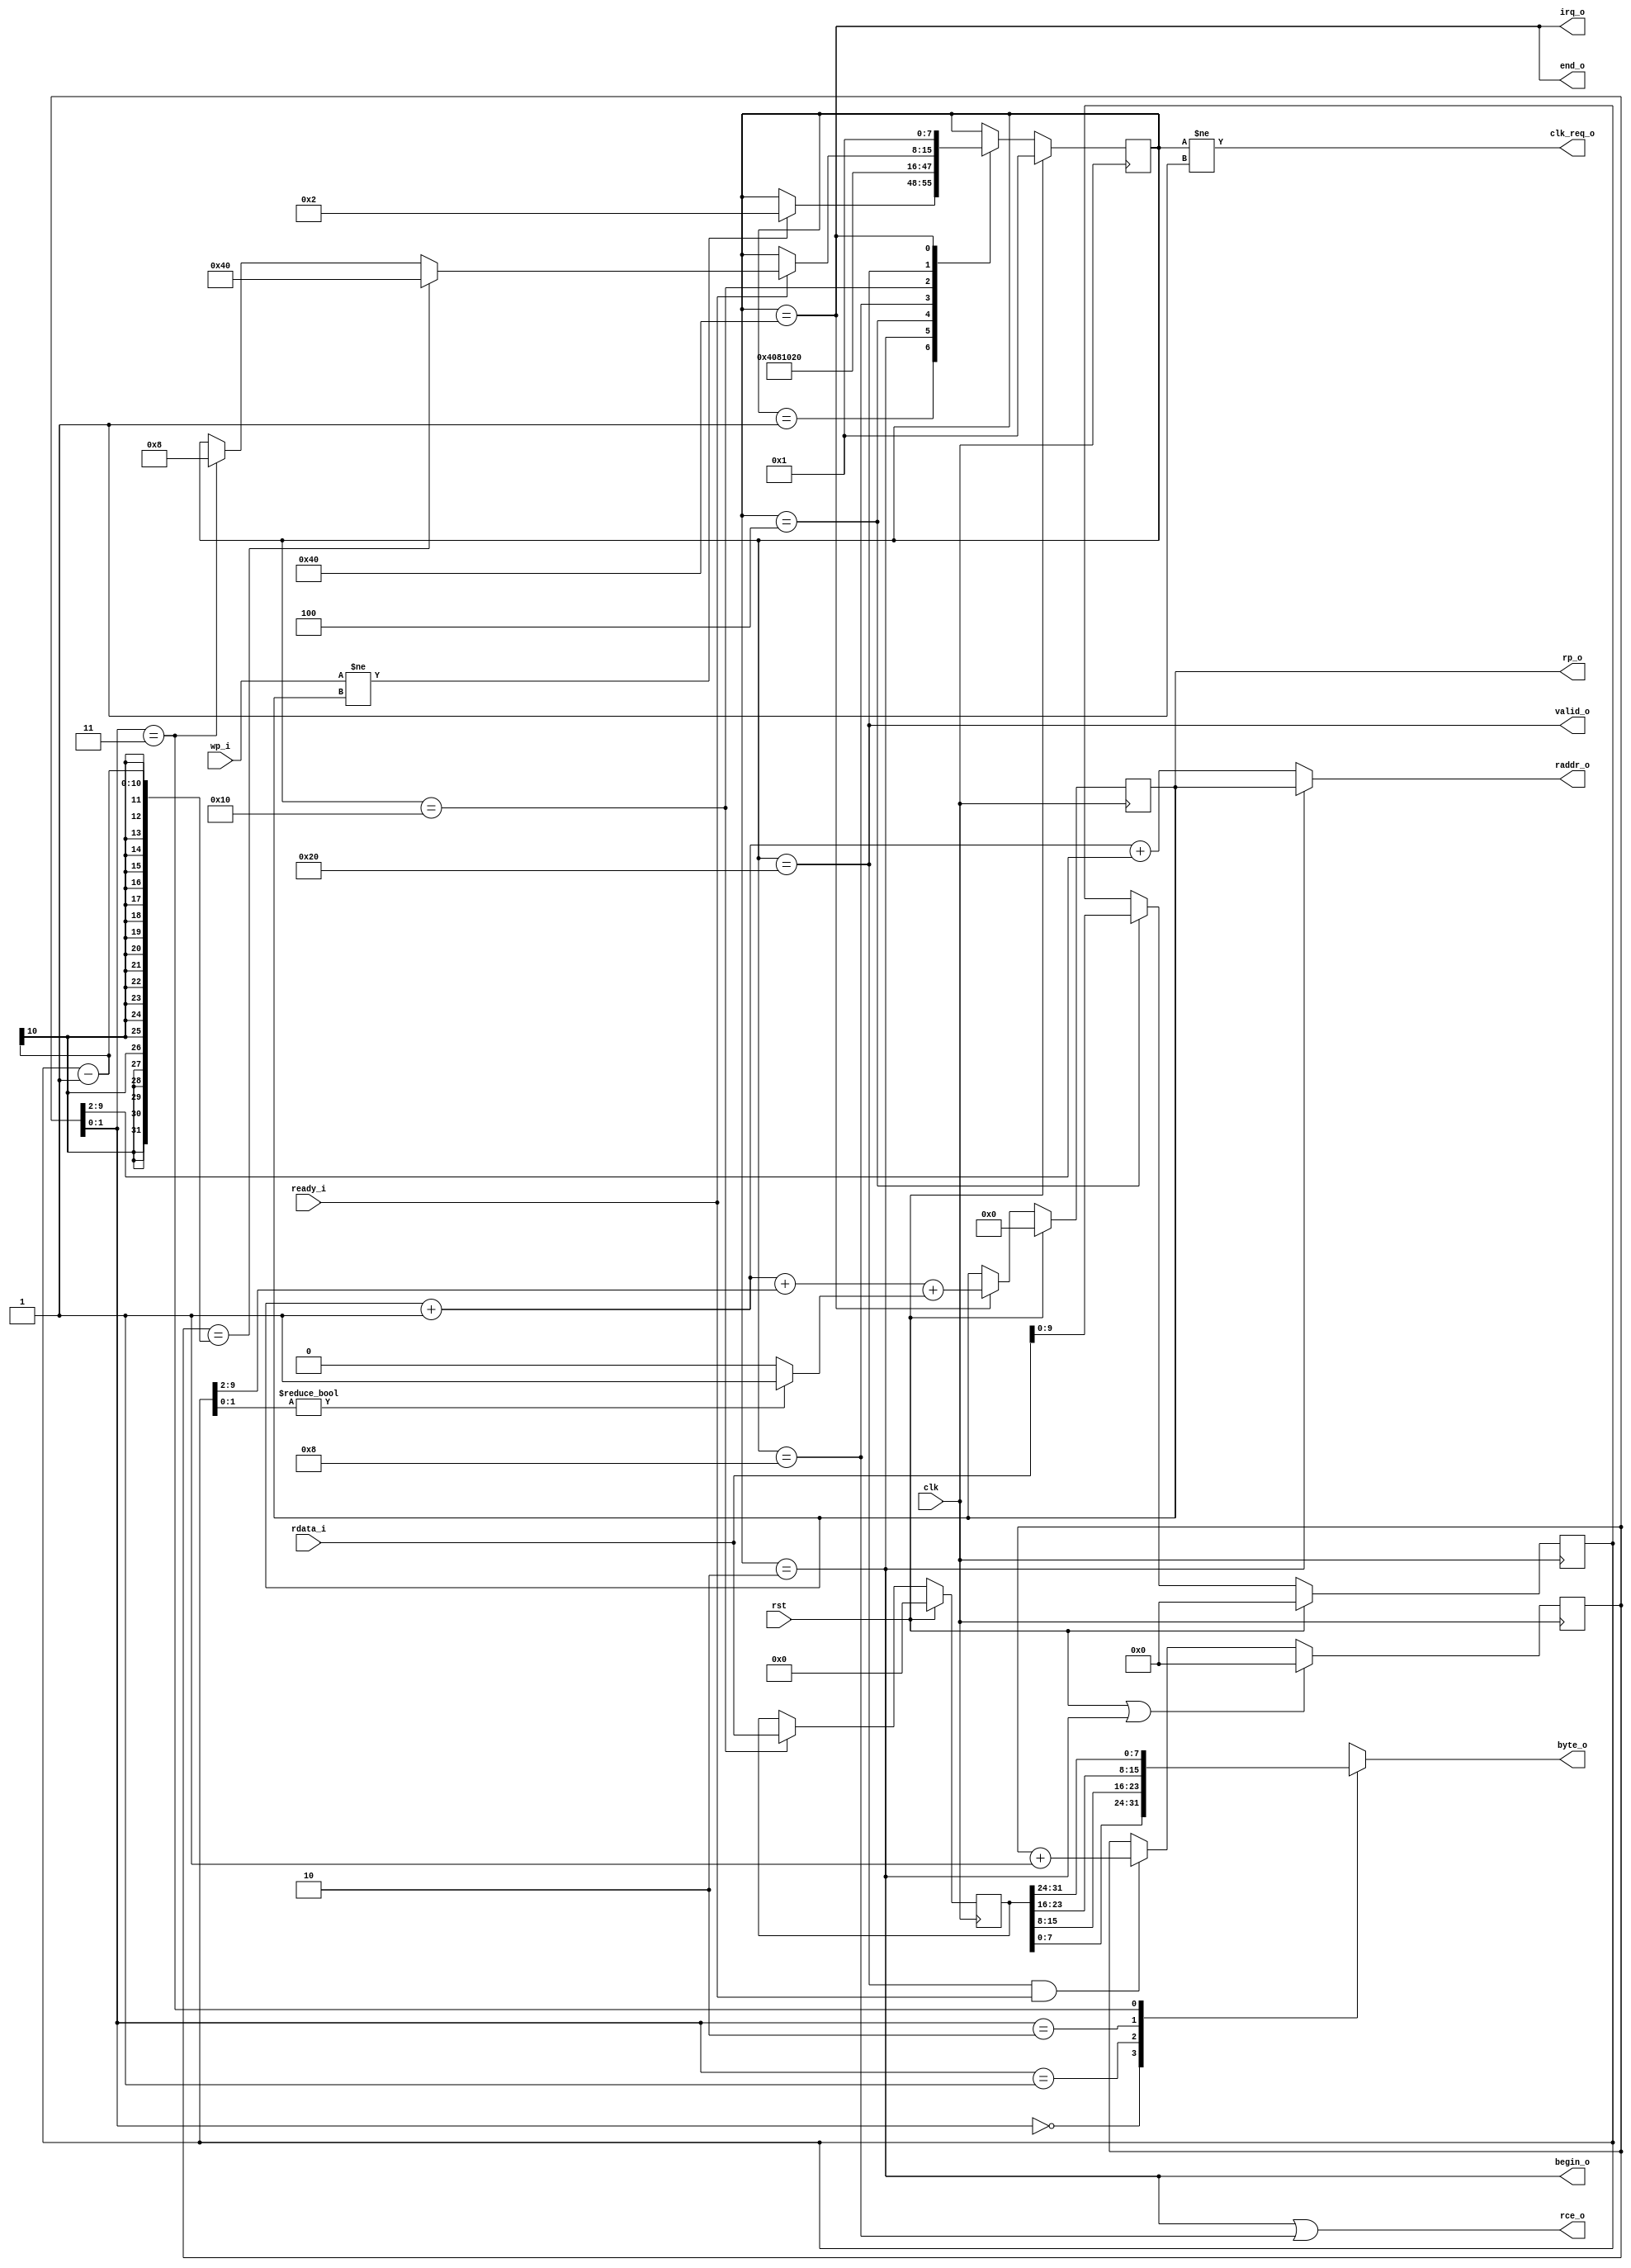
module tx_ctrl(
  input wire clk,
  input wire rst,
  input wire [7:0] wp_i,
  output wire [7:0] rp_o,

  input wire [31:0] rdata_i,
  output wire [7:0] raddr_o,
  output wire rce_o,
  output wire [7:0] byte_o,
  output wire begin_o,
  input wire ready_i,
  output wire valid_o,
  output wire end_o,
  output wire clk_req_o,
  output wire irq_o
);

	reg [7:0] rp;
	reg [31:0] rdata;

	assign rp_o = rp;

	assign clk_req_o = (curr_state != S_IDLE);
	assign irq_o = (curr_state == S_MSG_FINISH);

	assign rce_o = (curr_state == S_MSG_HEADER_0) || (curr_state == S_MSG_PAYLOAD_0);
	assign raddr_o = (curr_state == S_MSG_HEADER_0) ? rp : rp + 1 + msg_byte_idx[9:2];

	//
	// FSM for TX ring buffer management
	//

	parameter S_IDLE           = 1 << 0,
	          S_MSG_HEADER_0   = 1 << 1,
	          S_MSG_HEADER_1   = 1 << 2,
	          S_MSG_PAYLOAD_0  = 1 << 3,
	          S_MSG_PAYLOAD_1  = 1 << 4,
	          S_MSG_PAYLOAD_2  = 1 << 5,
	          S_MSG_FINISH     = 1 << 6;

	reg [7:0] curr_state, next_state;

	always @(posedge clk) begin
		if (rst) begin
			curr_state <= S_IDLE;
		end
		else begin
			curr_state <= next_state;
		end
	end

	reg [9:0] msg_byte_len;
	reg [9:0] msg_byte_idx;

	always @(posedge clk) begin
		if (rst) begin
			msg_byte_len <= 0;
		end
		else if (curr_state == S_MSG_HEADER_1) begin
			msg_byte_len <= rdata_i[9:0];
		end
	end

	always @(posedge clk) begin
		if (rst || curr_state == S_MSG_HEADER_0) begin
			msg_byte_idx <= 0;
		end
		else if (curr_state == S_MSG_PAYLOAD_2 && ready_i) begin
			msg_byte_idx <= msg_byte_idx + 1;
		end
	end


	always @(*) begin

		next_state = curr_state;

		case (curr_state)
			S_IDLE: begin
				if (wp_i != rp) begin
					next_state = S_MSG_HEADER_0;
				end
			end
			S_MSG_HEADER_0: begin
				next_state = S_MSG_HEADER_1;
			end
			S_MSG_HEADER_1: begin
				next_state = S_MSG_PAYLOAD_0;
			end
			S_MSG_PAYLOAD_0: begin
				next_state = S_MSG_PAYLOAD_1;
			end
			S_MSG_PAYLOAD_1: begin
				next_state = S_MSG_PAYLOAD_2;
			end
			S_MSG_PAYLOAD_2: begin
				if (ready_i) begin
					if (msg_byte_idx == msg_byte_len - 1) begin
						next_state = S_MSG_FINISH;
					end
					else if (msg_byte_idx[1:0] == 2'b11) begin
						next_state = S_MSG_PAYLOAD_0;
					end
				end
			end
			S_MSG_FINISH: begin
				next_state = S_IDLE;
			end
		endcase
	end

	always @(posedge clk) begin
		if (rst) begin
			rp <= 0;
		end
		else if (curr_state == S_MSG_FINISH) begin
			rp <= rp + 1 + msg_byte_len[9:2] + (msg_byte_len[1:0] ? 1 : 0);
		end
	end

	reg [7:0] byte;

	assign byte_o = byte;
	assign valid_o = (curr_state == S_MSG_PAYLOAD_2);
	assign begin_o = (curr_state == S_MSG_HEADER_0);
	assign end_o = (curr_state == S_MSG_FINISH);

	always @(posedge clk) begin
		if (rst) begin
			rdata <= 0;
		end
		else if (curr_state == S_MSG_PAYLOAD_1) begin
			rdata <= rdata_i;
		end
	end

	always @(*) begin
		case (msg_byte_idx[1:0])
			2'b00: byte = rdata[7:0];
			2'b01: byte = rdata[15:8];
			2'b10: byte = rdata[23:16];
			2'b11: byte = rdata[31:24];
		endcase
	end

endmodule